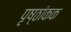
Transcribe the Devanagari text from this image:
पृष्ठांकक